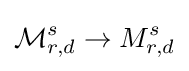
{\mathcal {M}}_{r,d}^{s}\to M_{r,d}^{s}